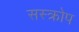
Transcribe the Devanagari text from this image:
सस्क्रोप